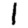
Digit: 1